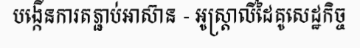
បង្កើនការតភ្ជាប់អាស៊ាន - អូស្ត្រាលីដៃគូសេដ្ឋកិច្ច